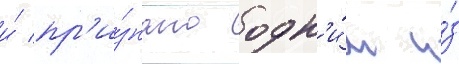
и́ пр'и́знано одн'и́м и́з